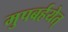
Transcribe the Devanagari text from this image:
मुपबर्हयेत्